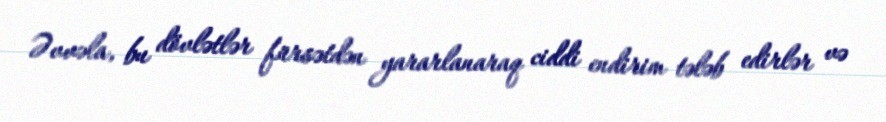
Əvvəla, bu dövlətlər fürsətdən yararlanaraq ciddi endirim tələb edirlər və